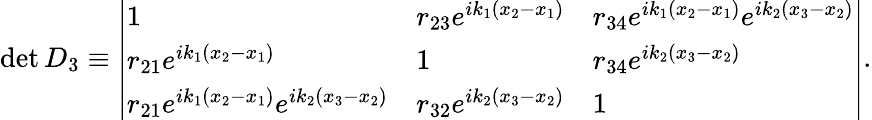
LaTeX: \begin{array}{r}{\operatorname*{det}D_{3}\equiv\left|\begin{array}{lll}{1}&{r_{23}e^{ik_{1}(x_{2}-x_{1})}}&{r_{34}e^{ik_{1}(x_{2}-x_{1})}e^{ik_{2}(x_{3}-x_{2})}}\\ {r_{21}e^{ik_{1}(x_{2}-x_{1})}}&{1}&{r_{34}e^{ik_{2}(x_{3}-x_{2})}}\\ {r_{21}e^{ik_{1}(x_{2}-x_{1})}e^{ik_{2}(x_{3}-x_{2})}}&{r_{32}e^{ik_{2}(x_{3}-x_{2})}}&{1}\end{array}\right|.}\end{array}